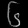
Digit: ၆